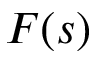
F ( s )